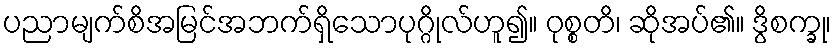
ပညာမျက်စိအမြင်အဘက်ရှိသောပုဂ္ဂိုလ်ဟူ၍။ ဝုစ္စတိ၊ ဆိုအပ်၏။ ဒွိစက္ခု၊